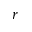
r